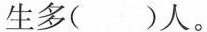
生多()人。